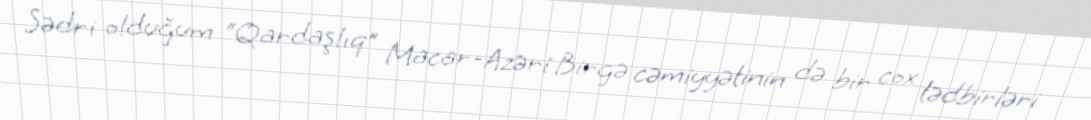
Sədri olduğum “Qardaşlıq” Macar-Azəri Birgə cəmiyyətinin də bir cox tədbirləri